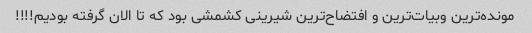
مونده‌ترین وبیات‌ترین و افتضاح‌ترین شیرینی کشمشی بود که تا الان گرفته بودیم!!!!